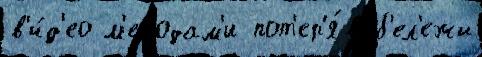
в'и́д'ео м'етодам'и пот'ер'я́в б'ел'ежи